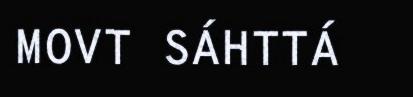
MOVT SÁHTTÁ